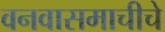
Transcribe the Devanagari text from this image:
वनवासमाचीचे